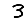
Digit: 3